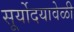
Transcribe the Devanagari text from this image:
सूर्योदयावेळी